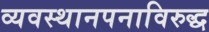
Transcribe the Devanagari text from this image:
व्यवस्थानपनाविरुद्ध